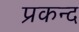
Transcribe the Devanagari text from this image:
प्रकन्द